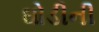
ઘોડીની